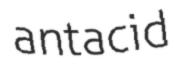
antacid